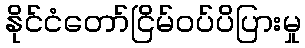
နိုင်ငံတော်ငြိမ်ဝပ်ပိပြားမှု